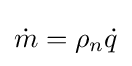
{\dot {m}}=\rho _{n}{\dot {q}}